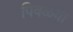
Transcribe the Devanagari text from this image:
पिवळया